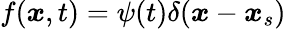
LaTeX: f(\boldsymbol{x},t)=\psi(t)\delta(\boldsymbol{x}-\boldsymbol{x}_{s})